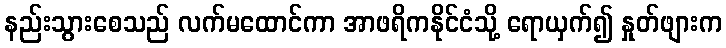
နည်းသွားစေသည် လက်မထောင်ကာ အာဖရိကနိုင်ငံသို့ ရောယှက်၍ နှုတ်ဖျားက